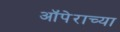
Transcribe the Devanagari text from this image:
ऑपेराच्या